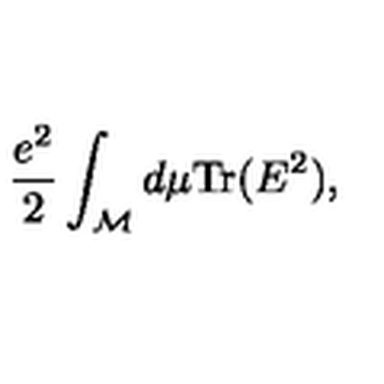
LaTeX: { \frac { e ^ { 2 } } { 2 } } \int _ { \cal M } d \mu \mathrm { T r } ( E ^ { 2 } ) ,